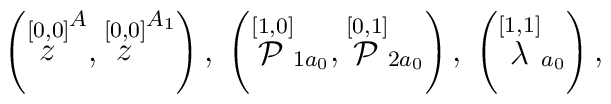
\left( \stackrel{[0,0]}{z}^{A},\stackrel{[0,0]}{z}^{A_{1}}\right) ,\;\left( \stackrel{[1,0]}{\cal P}_{1a_{0}},\stackrel{[0,1]}{\cal P}_{2a_{0}}\right),\;\left( \stackrel{[1,1]}{\lambda }_{a_{0}}\right) ,